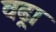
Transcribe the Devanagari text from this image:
वढ्रा